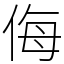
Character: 侮